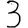
Digit: 3